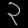
Digit: ၃